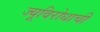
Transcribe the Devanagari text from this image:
ज्यूविरोधाची